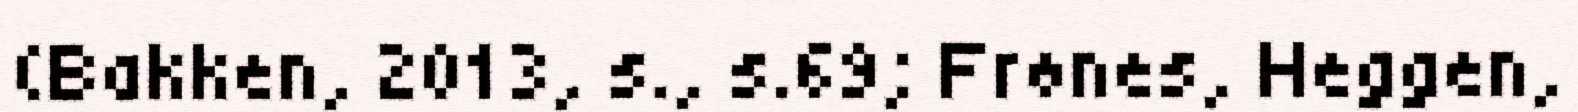
(Bakken, 2013, s., s.69; Frønes, Heggen,